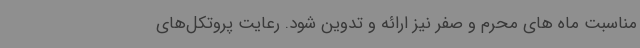
مناسبت ماه های محرم و صفر نیز ارائه و تدوین شود. رعایت پروتکل‌های